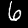
Digit: 6